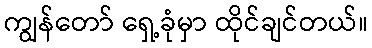
ကျွန်တော် ရှေ့ခုံမှာ ထိုင်ချင်တယ်။